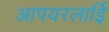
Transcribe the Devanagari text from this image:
आपयरलाईि